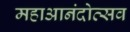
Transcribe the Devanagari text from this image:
महाआनंदोत्सव